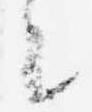
々